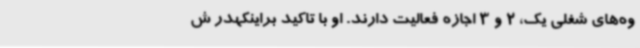
وه‌های شغلی یک، 2 و 3 اجازه فعالیت دارند. او با تاکید براینکهدر ش